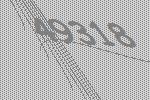
49318